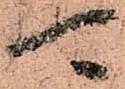
可